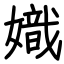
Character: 嬂